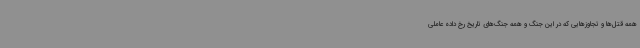
همه قتل‌ها و تجاوزهایی که در این جنگ و همه جنگ‌های تاریخ رخ داده عاملی